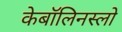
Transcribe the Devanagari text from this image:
केबॉलिनस्लो